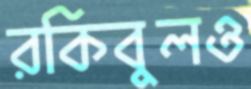
রকিবুলও